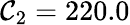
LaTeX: \mathcal{C}_{2}=220.0